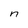
Character: n